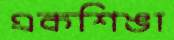
একশিঙা